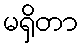
မရှိတာ